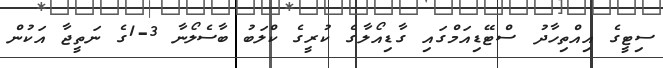
ސިޓީގެ އިއްތިހާދު ސްޓޭޑިއަމްގައި ގާޑިއޯލާގެ ކުރީގެ ކްލަބު ބާސެލޯނާ 3-1ގެ ނަތީޖާ އަކުން